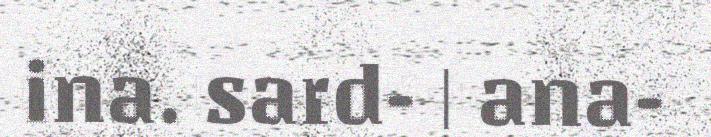
ina. sard- | ana-